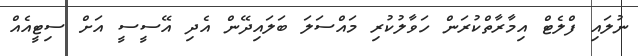
ނުލައި ފްލެޓް އިމާރާތްކުރަން ހަވާލުކުރި މައްސަލަ ބަލައިދޭން އެދި އޭސީސީ އަށް ސިޓީއެއް